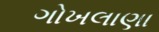
ગોખલાણા